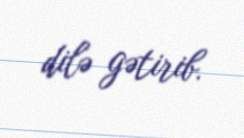
dilə gətirib.